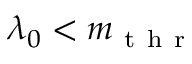
\lambda _ { 0 } < m _ { \mathrm { ~ t ~ h ~ r ~ } }